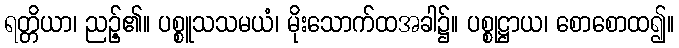
ရတ္တိယာ၊ ညဉ့်၏။ ပစ္စူသသမယံ၊ မိုးသောက်ထအခါ၌။ ပစ္စုဋ္ဌာယ၊ စောစောထ၍။